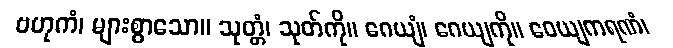
ဗဟုကံ၊ များစွာသော။ သုတ္တံ၊ သုတ်ကို။ ဂေယျံ၊ ဂေယျကို။ ဝေယျကရဏံ၊